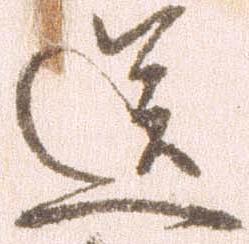
送